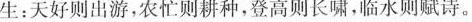
生：天好则出游，农忙则耕种，登高则长啸，临水则赋诗。